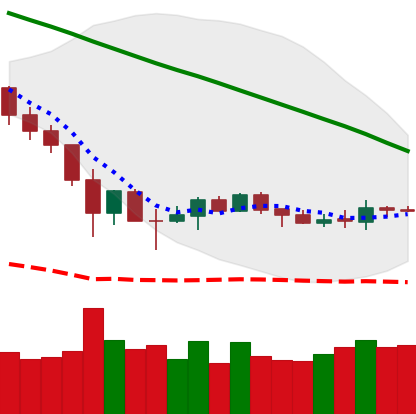
Ticker: BNB-USD
Chart end date: 2019-12-07
Forward return: -5.418%
Label: down_5_7